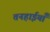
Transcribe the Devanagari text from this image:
तनहाईयाँ